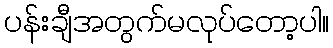
ပန်းချီအတွက်မလုပ်တော့ပါ။